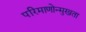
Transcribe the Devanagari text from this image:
परिमाणोन्मुखता